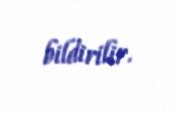
bildirilir.